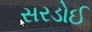
સરડોઈ